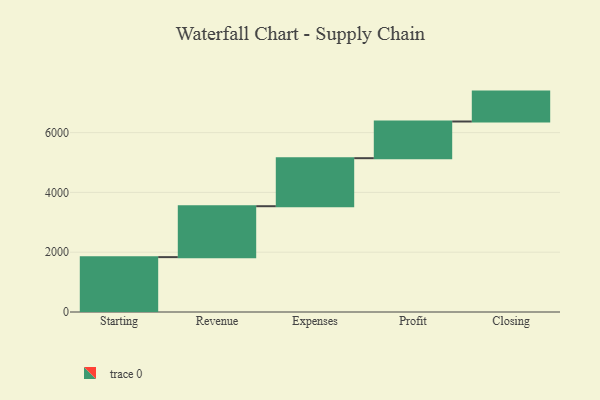
{"axis": {"x": "Step", "y": "Value"}, "legend": [""], "data": [{"x": "Starting", "y": 1835.0, "type": ""}, {"x": "Revenue", "y": 1703.0, "type": ""}, {"x": "Expenses", "y": 1606.0, "type": ""}, {"x": "Profit", "y": 1227.0, "type": ""}, {"x": "Closing", "y": 1000, "type": ""}]}